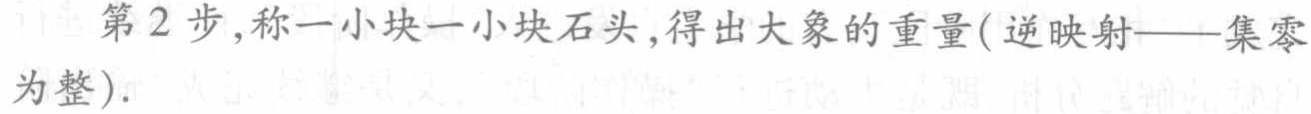
第2步,称一小块一小块石头,得出大象的重量(逆映射——集零为整).